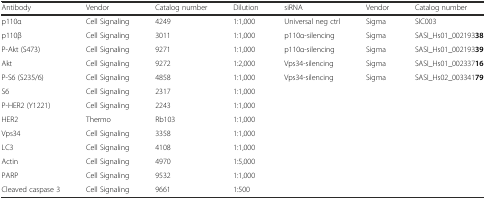
| Antibody | Vendor | Catalog number | Dilution | siRNA | Vendor | Catalog number |
 | --- | --- | --- | --- | --- | --- | --- |
 | p110α | Cell Signaling | 4249 | 1:1,000 | Universal neg ctrl | Sigma | SIC003 |
 | p110β | Cell Signaling | 3011 | 1:1,000 | p110α-silencing | Sigma | SASI_Hs01_00219338 |
 | P-Akt (S473) | Cell Signaling | 9271 | 1:1,000 | p110α-silencing | Sigma | SASI_Hs01_00219339 |
 | Akt | Cell Signaling | 9272 | 1:2,000 | Vps34-silencing | Sigma | SASI_Hs01_00233716 |
 | P-S6 (S235/6) | Cell Signaling | 4858 | 1:1,000 | Vps34-silencing | Sigma | SASI_Hs02_00334179 |
 | S6 | Cell Signaling | 2317 | 1:1,000 |  |  |  |
 | P-HER2 (Y1221) | Cell Signaling | 2243 | 1:1,000 |  |  |  |
 | HER2 | Thermo | Rb103 | 1:1,000 |  |  |  |
 | Vps34 | Cell Signaling | 3358 | 1:1,000 |  |  |  |
 | LC3 | Cell Signaling | 4108 | 1:1,000 |  |  |  |
 | Actin | Cell Signaling | 4970 | 1:5,000 |  |  |  |
 | PARP | Cell Signaling | 9532 | 1:1,000 |  |  |  |
 | Cleaved caspase 3 | Cell Signaling | 9661 | 1:500 |  |  |  |